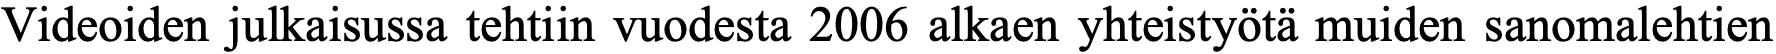
Videoiden julkaisussa tehtiin vuodesta 2006 alkaen yhteistyötä muiden sanomalehtien